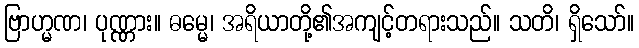
ဗြာဟ္မဏ၊ ပုဏ္ဏား။ ဓမ္မေ၊ အရိယာတို့၏အကျင့်တရားသည်။ သတိ၊ ရှိသော်။